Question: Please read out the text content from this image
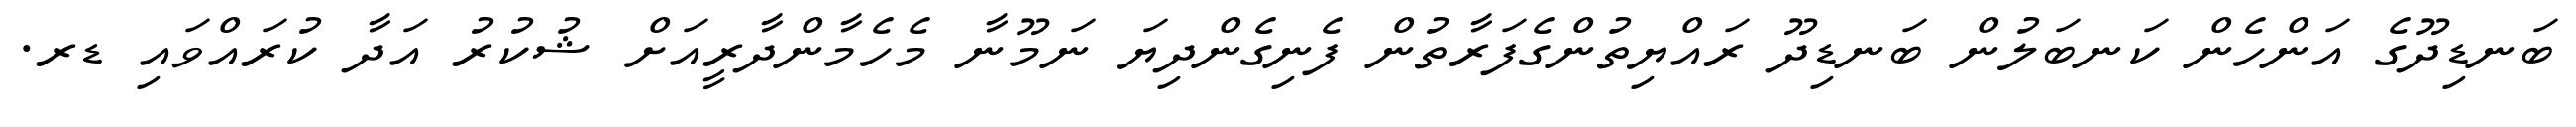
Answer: ބަނޑިދޫގެ އަންހެން ކަނބަލުން ބަނޑިދޫ ރައްޔިތުންގެފަރާތުން ފެނިގެންދިޔަ ނަމޫނާ މެހެމާންދާރީއަށް ޝުކުރު އަދާ ކުރައްވައި ޑރ.